Problem: 6 × 6 = ?
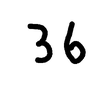
Handwritten answer: 36